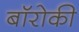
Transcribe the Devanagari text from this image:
बॉरोकी